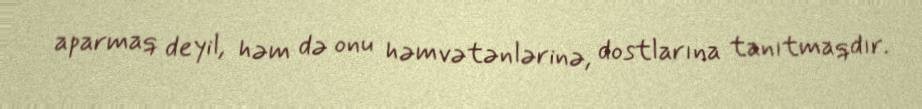
aparmaq deyil, həm də onu həmvətənlərinə, dostlarına tanıtmaqdır.